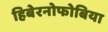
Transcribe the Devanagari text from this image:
हिबेरनोफोबिया